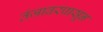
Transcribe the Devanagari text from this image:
तंजावरपासून